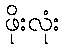
ဖိုးလုံး